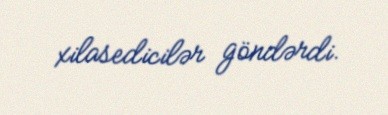
xilasedicilər göndərdi.